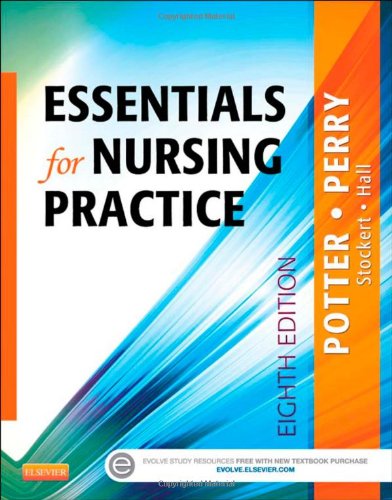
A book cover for Essentials for Nursing Practice, 8e (Basic Nursing Essentials for Practice); Patricia A. Potter RN  MSN  PhD  FAAN; Medical Books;